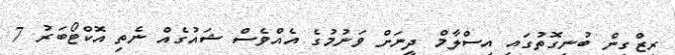
ރިޒްގިން ބުނިގޮތުގައި އިސްލާމް ދީނަށް ވަނުމުގެ އެއްވެސް ޝައުގެއް ނެތި އޮކްޓޯބަރު 7